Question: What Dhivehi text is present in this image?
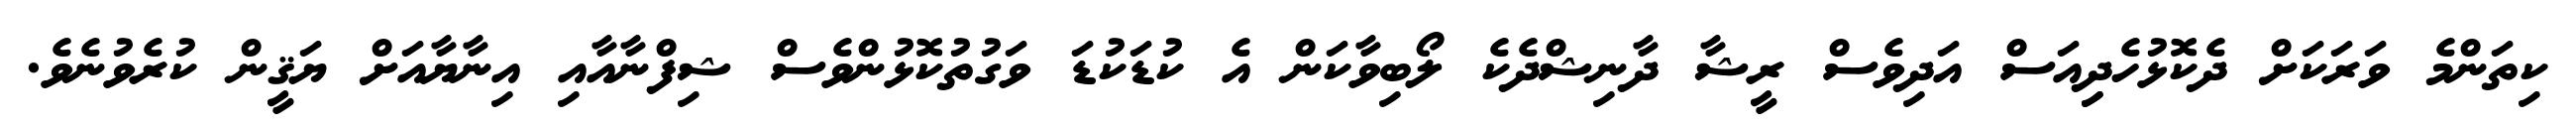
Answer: ކިތަންމެ ވަރަކަށް ދެކޮޅުހެދިިއަސް އަދިވެސް ރީޝާ ދާނިޝްދެކެ ލޯބިވާކަން އެ ކުޑަކުޑަ ވަގުތުކޮޅުންވެސް ޝިފްނާއާއި އިނާޔާއަށް ޔަޤީން ކުރެވުނެވެ.